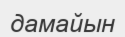
дамайын